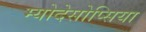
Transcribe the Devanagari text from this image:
म्योदेसोप्सिया